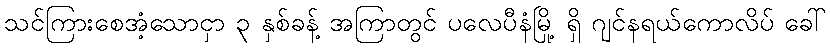
သင်ကြားစေအံ့သောငှာ ၃ နှစ်ခန့် အကြာတွင် ပလေပီနံမြို့ ရှိ ဂျင်နရယ်ကောလိပ် ခေါ်